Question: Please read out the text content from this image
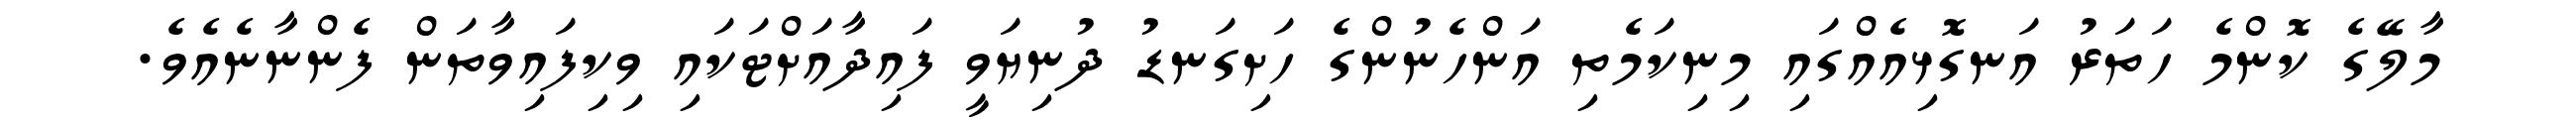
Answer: މާލޭގެ ކޮންމެ ހަތަރު އަނގޮޅިއެއްގައި މިނިކަމެތި އަންހެނުންގެ ހަށިގަނޑު ދުނިޔަވީ ފައިދާއަށްޓަކައި ވިކިފައިވާތަން ފެންނާނެއެވެ.